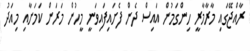
ރާއްޖޭގައި މާރާމާރީ ހިންގަމުން އައިސް ދެން ފެށައިފައިވަނީ މީހުން މަރަން ކަމަށާއި މިއަދު